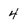
Character: 4